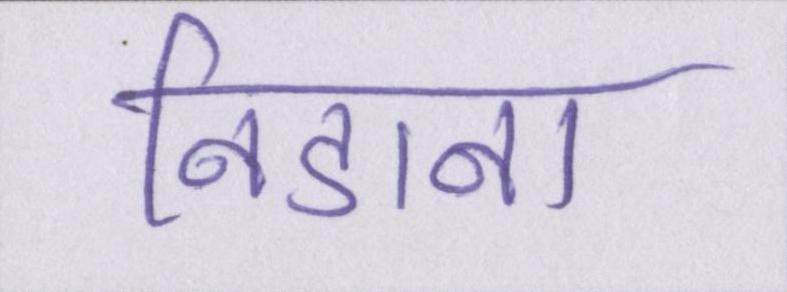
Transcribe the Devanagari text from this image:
निडाना